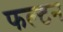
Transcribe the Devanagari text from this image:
फल्टन